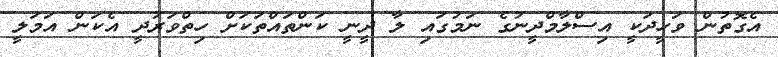
އެގޮތުން ވަހީދަކީ އިސްލާމްދީނުގެ ނަމުގައި ލާ ދީނީ ކަންތައްތަކަށް ހިތްވަރުދީ އެކަން އަމަލީ